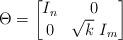
LaTeX: \begin{align*}\Theta = \begin{bmatrix}I_n & 0\\0 & \sqrt k \ I_m\end{bmatrix}\end{align*}